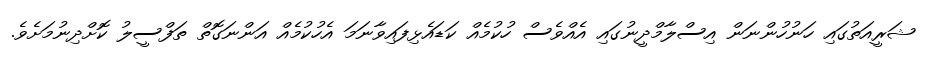
ޝަރީއަތުގައި ހަނުހުންނަން އިސްލާމްދީނުގައި އެއްވެސް ހުކުމެއް ކަޑައެޅިފައިވާނަމަ އެހުކުމެއް އަންނަގޮތް ތަފްސީލު ކޮށްދިނުމަށެވެ.